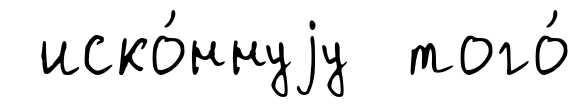
иско́ннуjу того́